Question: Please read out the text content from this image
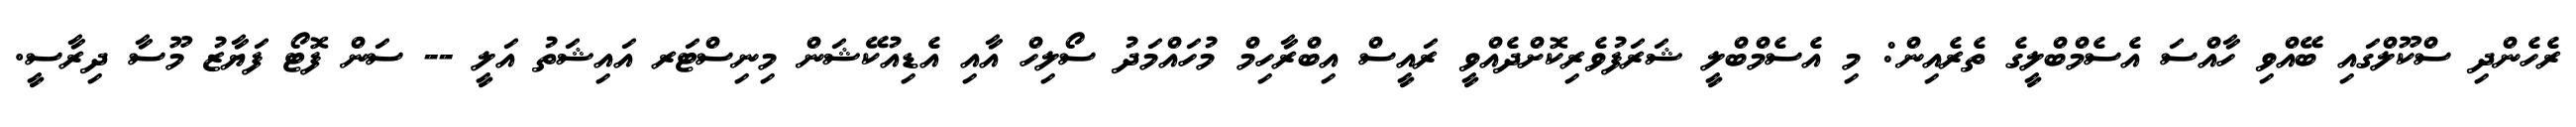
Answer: ރެހެންދި ސްކޫލްގައި ބޭއްވި ހާއްސަ އެސެމްބްލީގެ ތެރެއިން: މި އެސެމްބްލީ ޝަރަފުވެރިކޮށްދެއްވީ ރައީސް އިބްރާހިމް މުހައްމަދު ސޯލިހް އާއި އެޑިއުކޭޝަން މިނިސްޓަރ އައިޝަތު އަލީ -- ސަން ފޮޓޯ ފަޔާޒު މޫސާ ދިރާސީ.